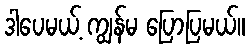
ဒါပေမယ့် ကျွန်မ ပြောပြမယ်။